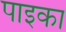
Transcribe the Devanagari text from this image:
पाइका